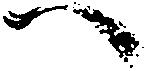
へ